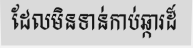
ដែលមិនទាន់កាប់ឆ្ការដ៏